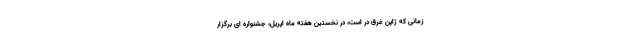
زمانی که ژاپن غرق در است، در نخستین هفته ماه اپریل، جشنواره ای برگزار